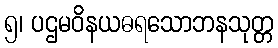
၅၊ ပဌမဝိနယဓရသောဘနသုတ္တ